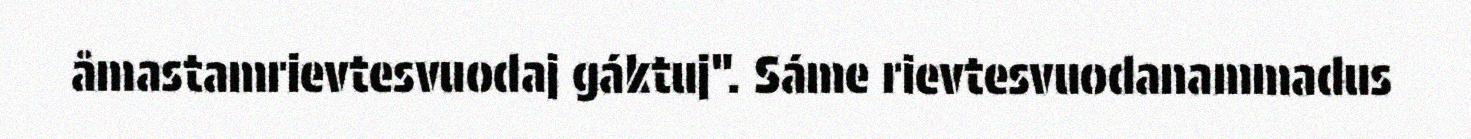
åmastamrievtesvuodaj gáktuj". Sáme rievtesvuodanammadus